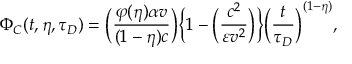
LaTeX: \Phi _ { C } ( t , \eta , \tau _ { D } ) = \Big ( { \frac { \varphi ( \eta ) \alpha v } { ( 1 - \eta ) c } } \Big ) \Big \{ 1 - \Big ( { \frac { c ^ { 2 } } { \varepsilon v ^ { 2 } } } \Big ) \Big \} \Big ( { \frac { t } { \tau _ { D } } } \Big ) ^ { ( 1 - \eta ) } ,